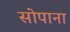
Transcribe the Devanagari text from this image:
सोपाना